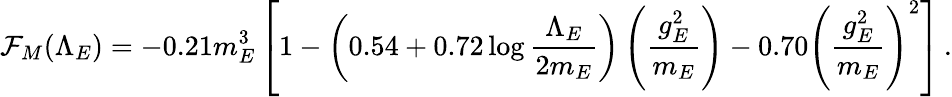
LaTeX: \mathcal{F}_{M}(\Lambda_{E})=-0.21m_{E}^{3}\left[1-\left(0.54+0.72\log{\frac{{\Lambda_{E}}}{{2m_{E}}}}\right)\left({\frac{{g_{E}^{2}}}{{m_{E}}}}\right)-0.70\left({\frac{{g_{E}^{2}}}{{m_{E}}}}\right)^{2}\right]\, .